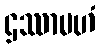
ဌဿာမဟံ